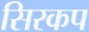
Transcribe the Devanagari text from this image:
सिरकप